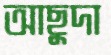
আছুদা